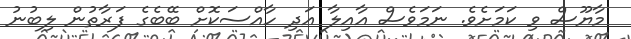
މާޔޫސް ވި ކަމަށެވެ. ނަމަވެސް އާއިލާ އަދި ހާއްސަކޮށް ބޭބެގެ ފަރާތުން ލިބުނު